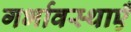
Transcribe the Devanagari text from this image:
गर्भावस्थाएँ